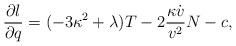
LaTeX: \begin{align*} \frac{\partial l}{\partial q} = (-3\kappa^2+ \lambda ) T -2\frac{\kappa\dot{v}}{v^2}N -c,\end{align*}